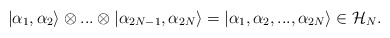
\begin{align*}\left| \alpha _{1},\alpha _{2}\right\rangle \otimes ...\otimes \left| \alpha _{2N-1},\alpha _{2N}\right\rangle =\left| \alpha _{1},\alpha _{2},...,\alpha _{2N}\right\rangle \in {\cal H}_{N}.\end{align*}